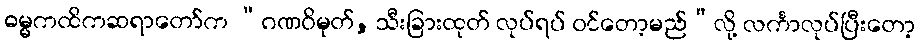
ဓမ္မကထိကဆရာတော်က “ဂဏဝိမုတ်, သီးခြားထုတ် လုပ်ရပ် ဝင်တော့မည်”လို့ လင်္ကာလုပ်ပြီးတော့